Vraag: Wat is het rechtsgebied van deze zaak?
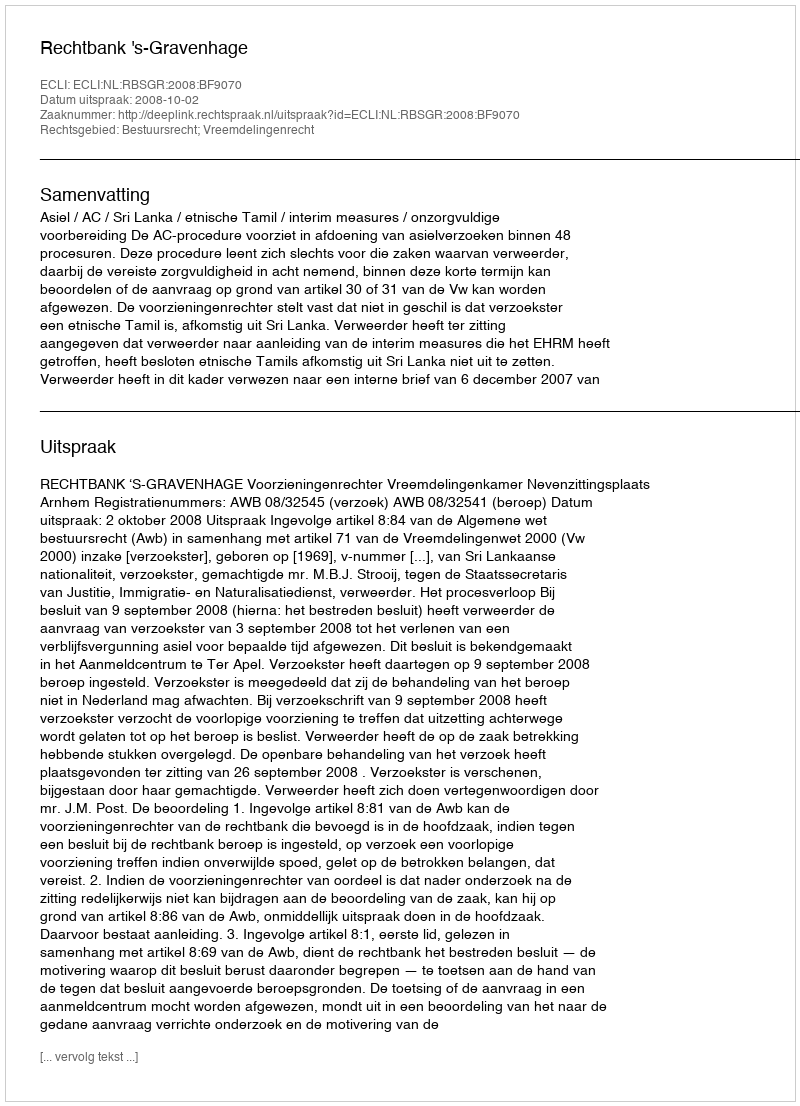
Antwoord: Bestuursrecht; Vreemdelingenrecht